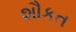
શૌકત